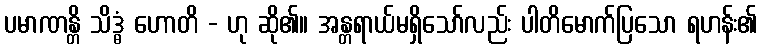
ပမာဏန္တိ သိဒ္ဓံ ဟောတိ - ဟု ဆို၏။ အန္တရာယ်မရှိသော်လည်း ပါတိမောက်ပြသော ရဟန်း၏